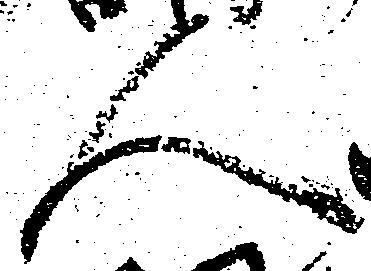
人